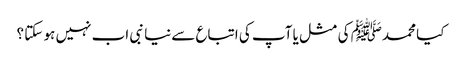
کیا محمدﷺ کی مثل یا آپ کی اتباع سےنیا نبی اب نہیں ہو سکتا ؟